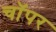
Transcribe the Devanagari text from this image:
चॉपर